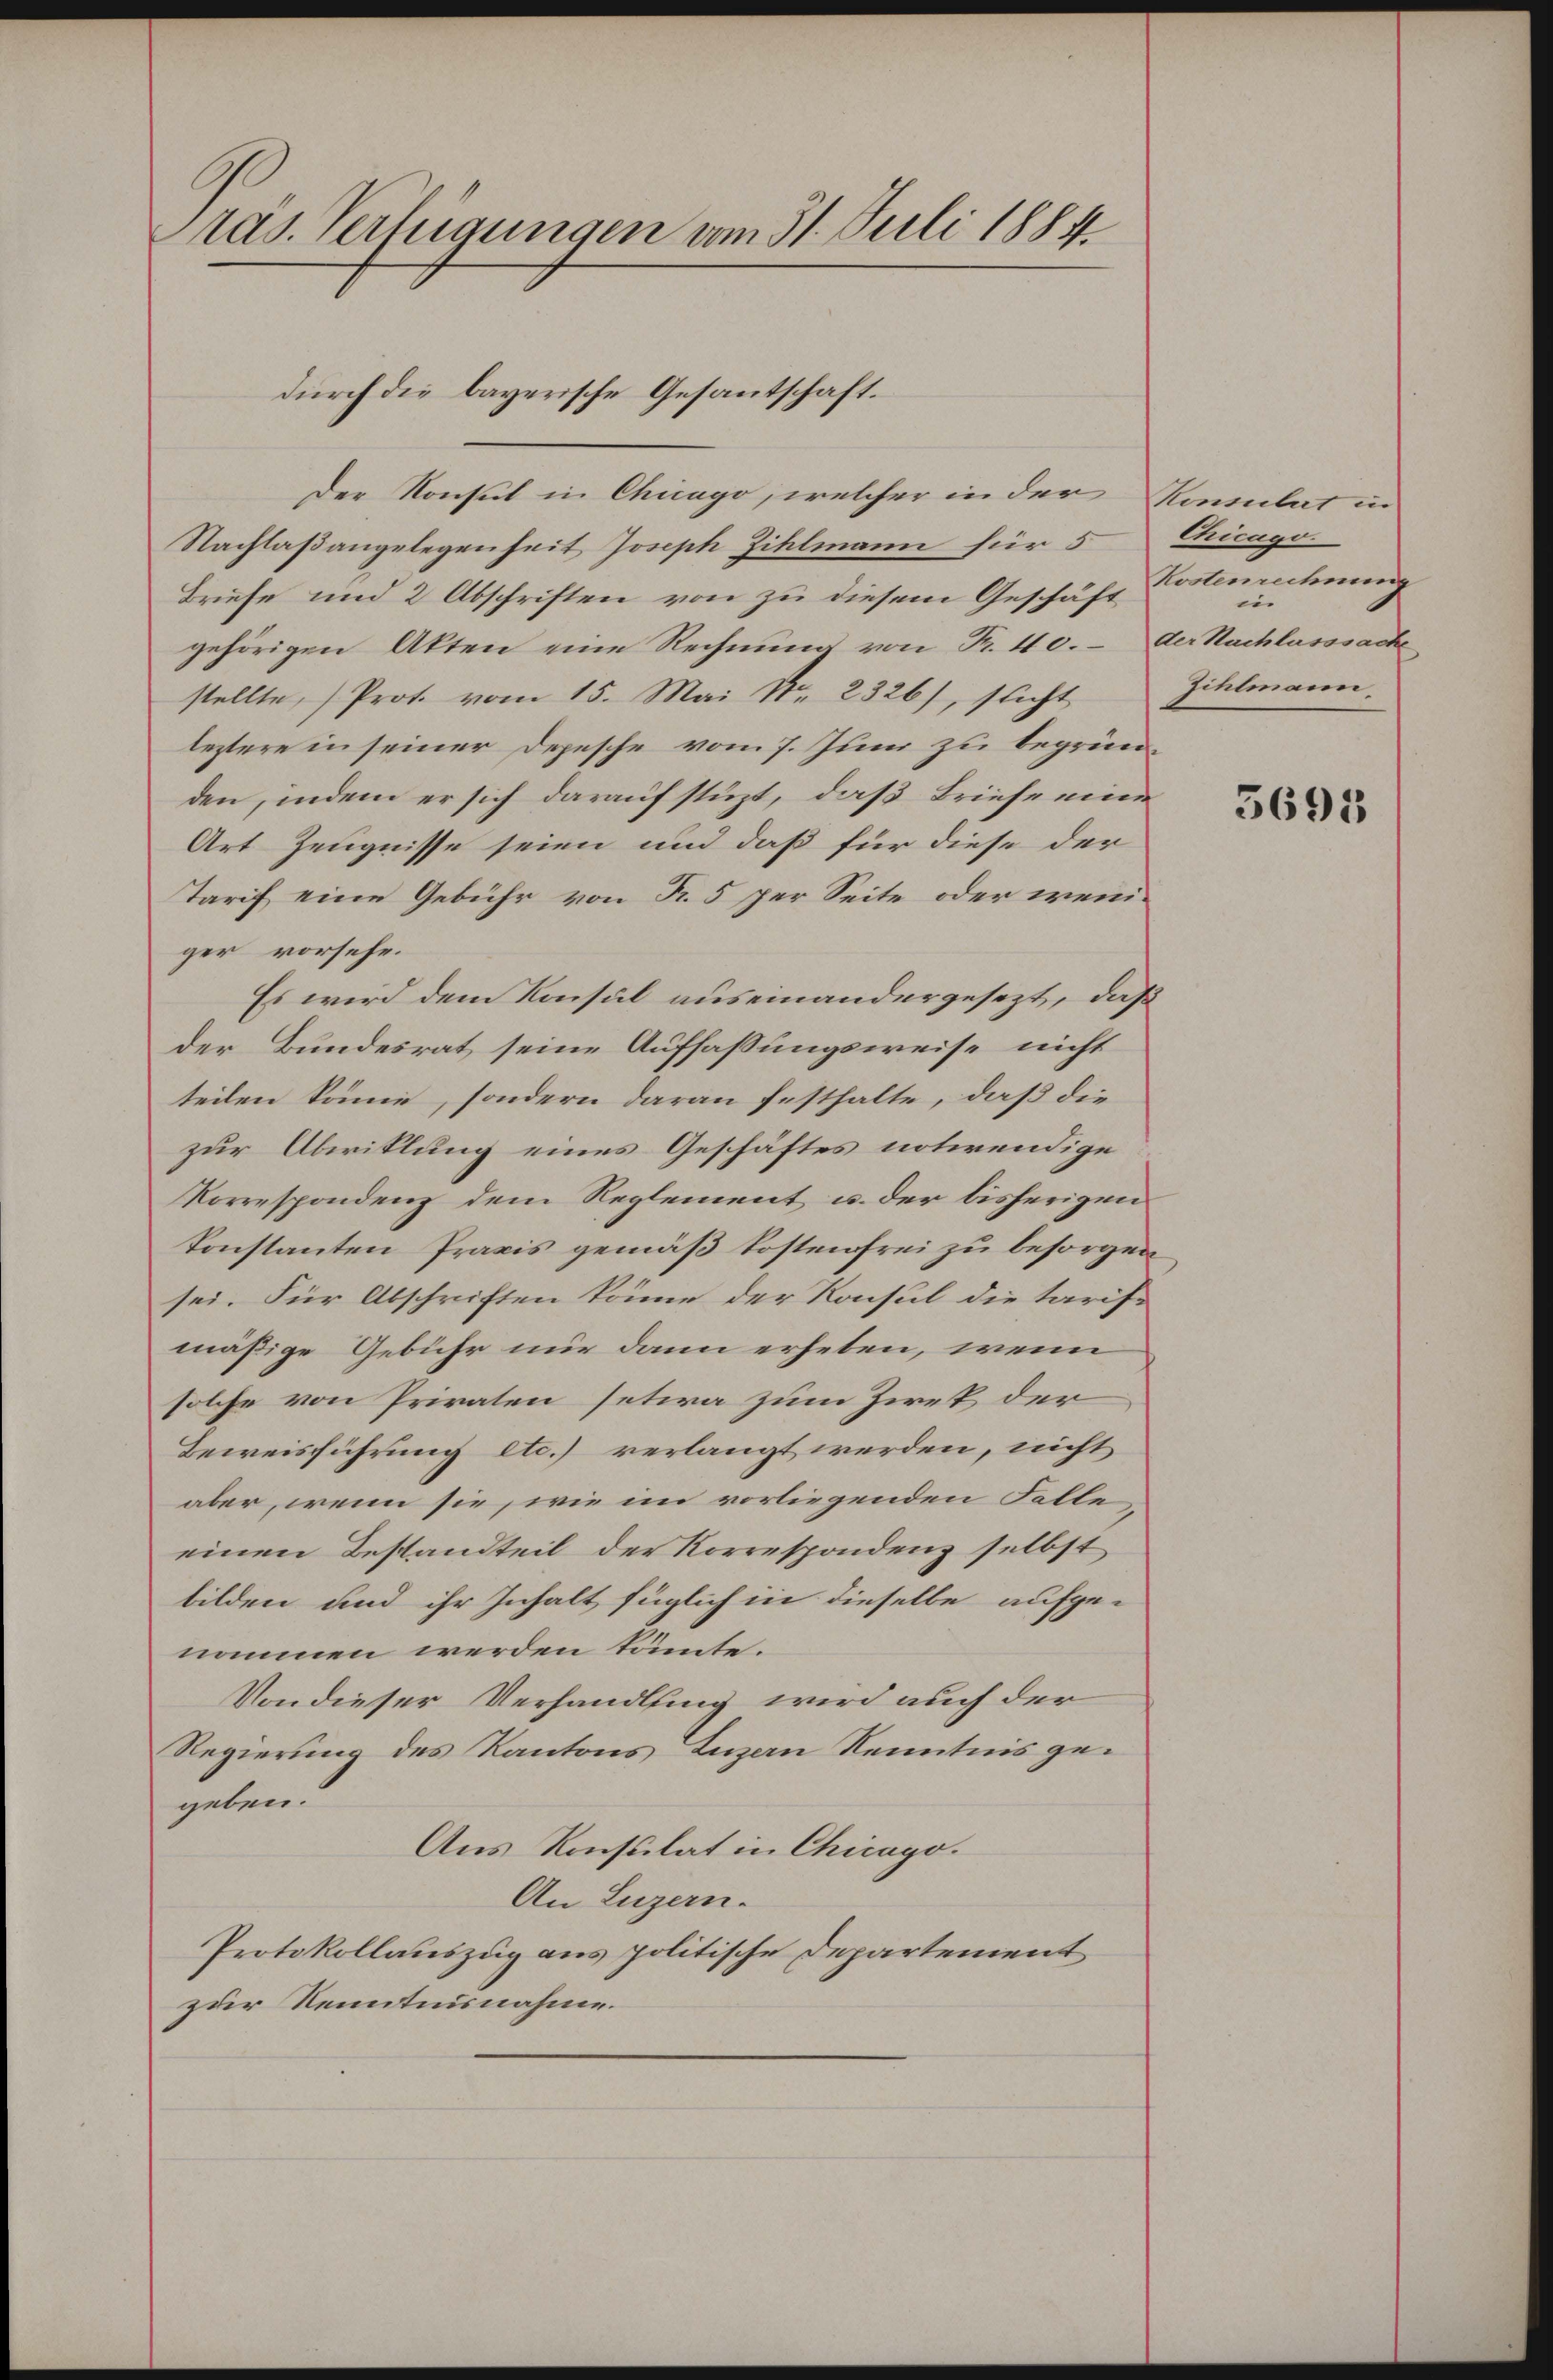
Pras. Verfügungen vom 31. Juli 1884.

durch die bayerische Gesantschaft.

Der Konsul in Chicago, welcher in der Konsulat in
Nachlaßangelegenheit Joseph Zihlmann für 5 Chicago
Briefe und 2 Abschriften von zu diesem Geschäft
gehörigen Akten eine Rechnung von Fr. 40. Der Nachlasssache
stellte, (Prot. vom 15. Mai Nr. 2326), sicht
leztere in seiner Depesche vom 7. Juni zu begründen, indem er sich darauf stüzt, daß Briefe eine
Art Zeugnisse seien und daß für diese der
Tarif eine Gebühr von Fr. 5 per Seite oder weniger vorsehe.
Es wird dem Konsul auseinandergesezt, daß
der Bundesrat seine Auffassungsweise nicht
teilen könne, sondern daran festhalte, daß die
zur Abwiklung eines Geschäftes notwendige
Korrespondenz dem Reglement u. der bisherigen
konstanten Praxis gemäß kostenfrei zu besorgen
sei. Für Abschriften könne der Konsul die tarif-
mäßige Gebühr nur dann erheben, wenn
solche von Privaten setira zum Zirk der
Beweisführung etc.) verlangt werden, nicht
aber, wenn sie, wie im vorliegenden Falle
einen Bestandteil der Korrespondenz selbst
bilden und ihr Inhalt füglich in dieselbe aufge-
nommen werden könnte.
Von dieser Verhandlung wird auch der
Regierung des Kantons Luzern Kenntnis gegeben.
Aus Konsulat in Chicago.
An Luzern.
Protokollauszug aus politische Departement
zur Kenntnisnahme.

Kostenrechnung
i
Zihlmann

5691